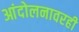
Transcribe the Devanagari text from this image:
आंदोलनावरही